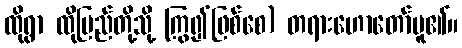
ထိုရွာ ထိုပြည်တို့သို့ ကြွ၍ဖြစ်စေ) တရားဟောတော်မူ၏။